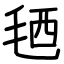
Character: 毢